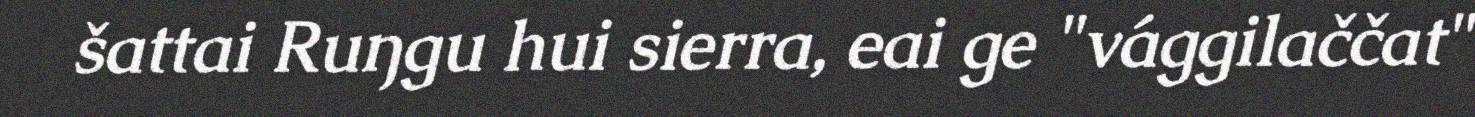
šattai Ruŋgu hui sierra, eai ge "vággilaččat"